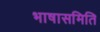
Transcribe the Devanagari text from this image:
भाषासमिति